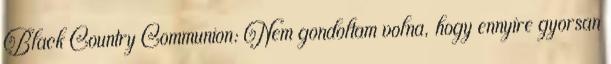
Black Country Communion: Nem gondoltam volna, hogy ennyire gyorsan